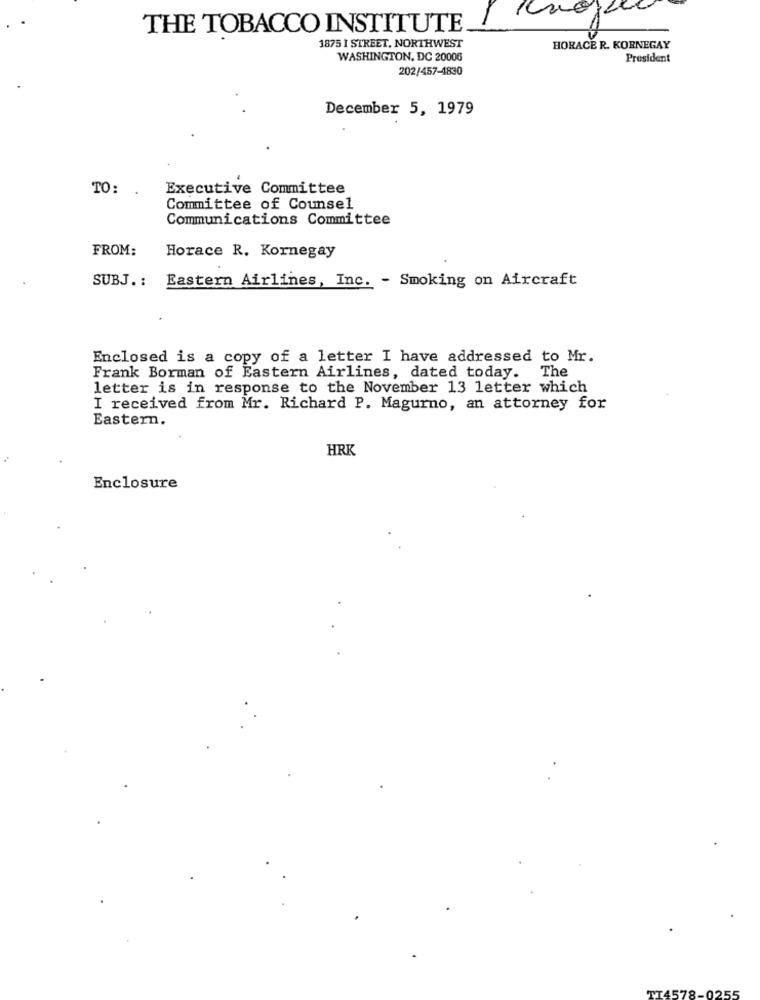
THE TOBACCO INSTITUTE
1875 1 STREET, NORTHWEST
HORACE R. KORNEGAY
WASHINGTON, DC 20006
President
202/457-4830
December 5, 1979
TO:
Executive Committee
Committee of Counsel
Communications Committee
FROM:
Horace R. Kornegay
Eastern Airlines, Inc. - Smoking on Aircraft
SUBJ. :
Enclosed is a copy of a letter I have addressed to Mr.
Frank Borman of Eastern Airlines, dated today. The
letter is in response to the November 13 letter which
I received from Mr. Richard P. Magurno, an attorney for
Eastern.
HRK
Enclosure
TT4578-025